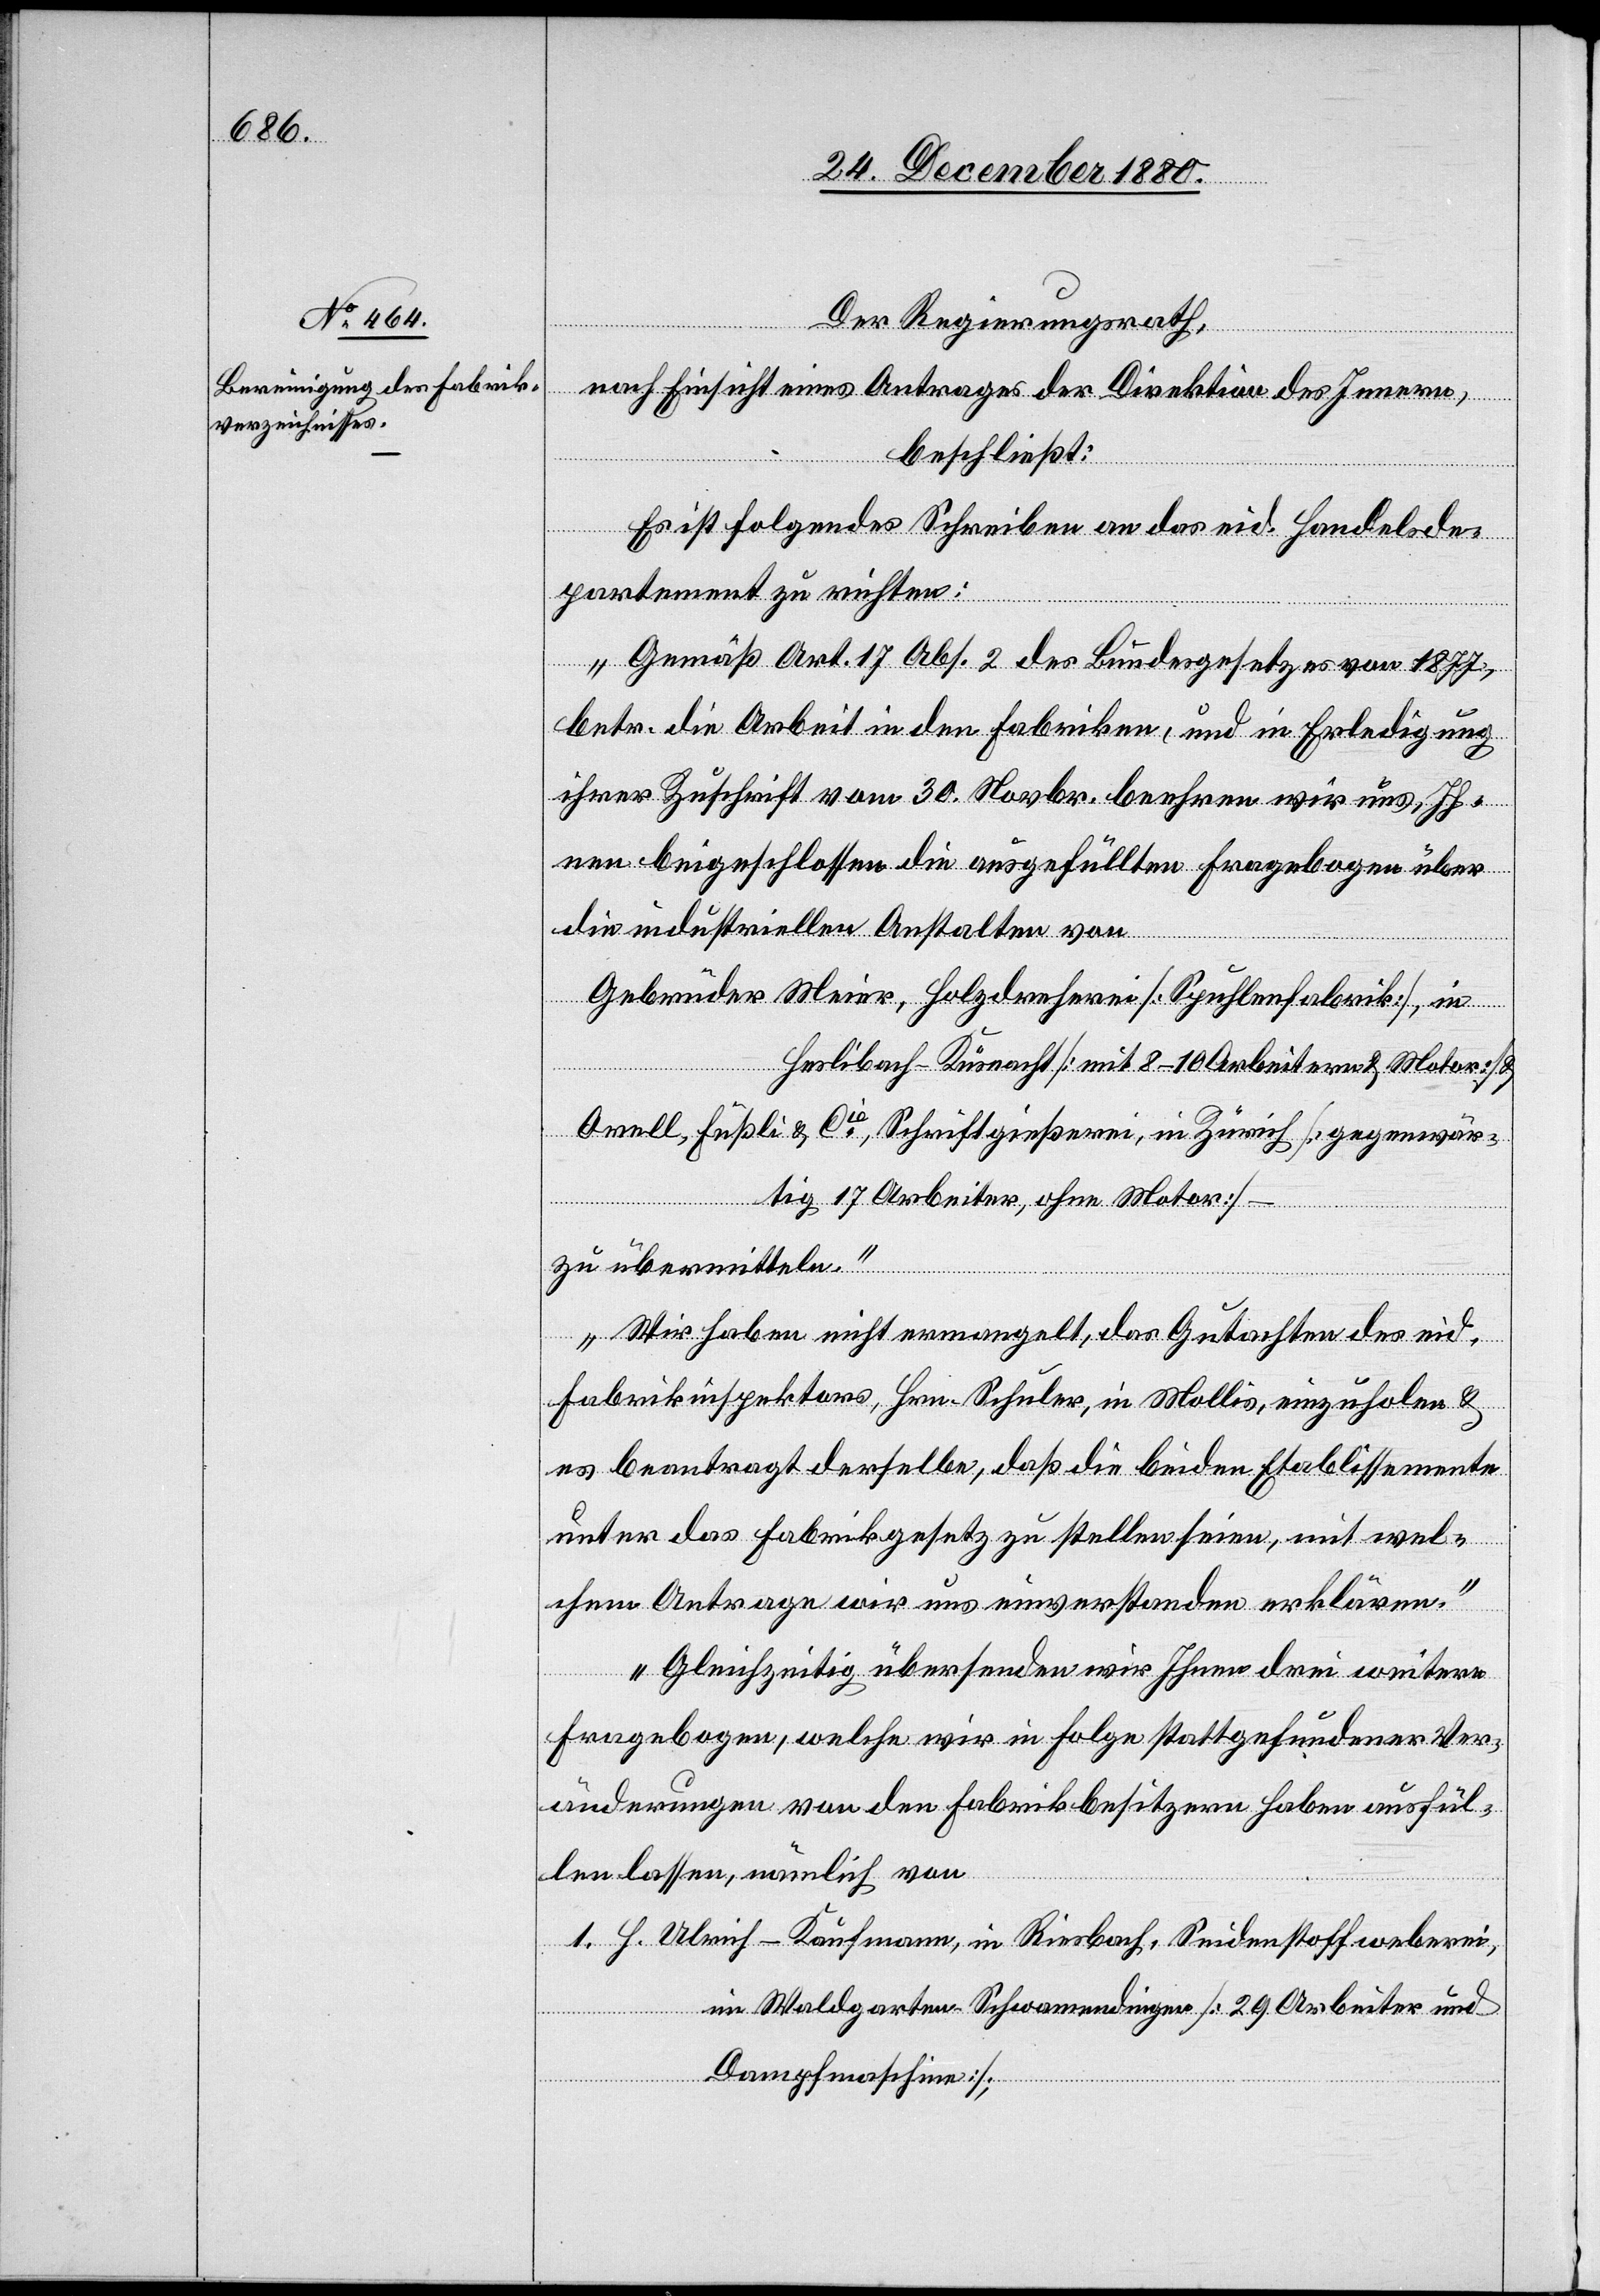
Der Regierungsrath,
nach Einsicht eines Antrages der Direktion des Innern,
beschließt:
Es ist folgendes Schreiben an das eid. Handelsde¬
partement zu richten:
„Gemäß Art. 17 Abs. 2 des Bundesgesetzes von 1877,
betr. die Arbeit in den Fabriken, und in Erledigung
ihrer Zuschrift vom 30. Novbr. beehren wir uns, Ih¬
nen beigeschlossen die ausgefüllten Fragebogen über
die industriellen Anstalten von
Gebrüder Meier, Holzdreherei [Spuhlenfabrik], in
Heslibach – Küsnacht [mit 8–10 Arbeitern & Motor] &
Orell, Füßli & Cie, Schriftgießerei, in Zürich [gegenwär¬
tig 17 Arbeiter, ohne Motor] –
zu übermitteln.
Wir haben nicht ermangelt, das Gutachten des eid.
Fabrikinspektors, Hrn. Schuler, in Mollis, einzuholen &
es beantragt derselbe, daß die beiden Etablissemente
unter das Fabrikgesetz zu stellen seien, mit wel¬
chem Antrage wir uns einverstanden erklären.
Gleichzeitig übersenden wir Ihnen drei weitere
Fragebogen, welche wir in Folge stattgefundener Ver¬
änderungen von den Fabrikbesitzern haben ausfül¬
len lassen, nämlich von
1. H. Ulrich-Kaufmann, in Riesbach, Seidenstoffweberei,
im Waldgarten - Schwamendingen [29 Arbeiter und
Dampfmaschine];